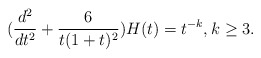
\begin{align*}(\frac{d^2}{dt^2}+\frac{6}{t(1+t)^2})H(t)=t^{-k},\hspace{0.1 mm}k\geq 3.\end{align*}